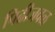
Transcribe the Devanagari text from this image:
पिढीजवळ